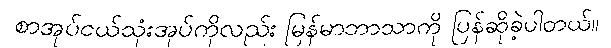
စာအုပ်ငယ်သုံးအုပ်ကိုလည်း မြန်မာဘာသာကို ပြန်ဆိုခဲ့ပါတယ်။